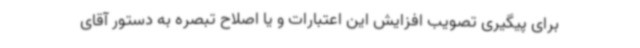
برای پیگیری تصویب افزایش این اعتبارات و یا اصلاح تبصره به دستور آقای